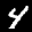
Label: 4